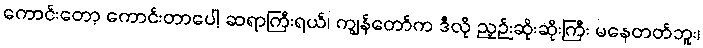
ကောင်းတော့ ကောင်းတာပေါ့ ဆရာကြီးရယ်၊ ကျွန်တော်က ဒီလို ညှဉ်းဆိုးဆိုးကြီး မနေတတ်ဘူး၊